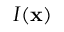
I ( \mathbf { x } )